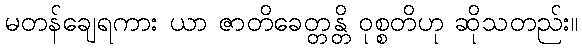
မတန်ချေရကား ယာ ဇာတိခေတ္တန္တိ ဝုစ္စတိဟု ဆိုသတည်း။